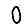
Digit: 0